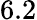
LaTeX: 6.2